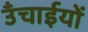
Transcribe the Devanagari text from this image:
उँचाईयों